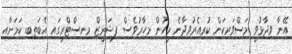
އޭނާ ވިދާޅުވީ މަސްވަރިކަން ކުރިއެރުވިދާނެ މީހުން މިހާރުވެސް ފިޝަރީޒް މިނިސްޓްރީގައި އެބަތިބި ކަމަށާއި